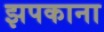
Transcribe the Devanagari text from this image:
झपकाना